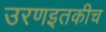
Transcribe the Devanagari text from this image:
उरणइतकीच